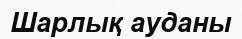
Шарлық ауданы